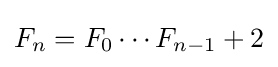
F_{n}=F_{0}\cdots F_{n-1}+2